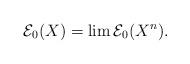
LaTeX: \begin{align*} \mathcal{E}_0(X)=\lim \mathcal{E}_0(X^n). \end{align*}